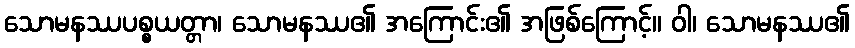
သောမနဿပစ္စယတ္တာ၊ သောမနဿ၏ အကြောင်း၏ အဖြစ်ကြောင့်။ ဝါ၊ သောမနဿ၏